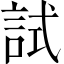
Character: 試